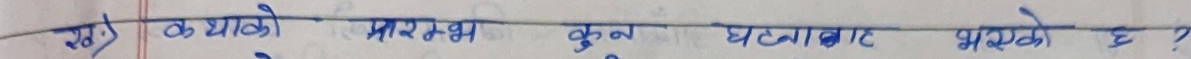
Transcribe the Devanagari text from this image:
रंग कथाको प्रारम्भ कुन घटनाबाट भएको छ?